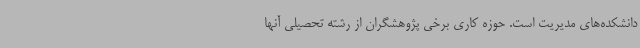
دانشکده‌های مدیریت است. حوزه کاری برخی پژوهشگران از رشته تحصیلی آنها